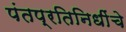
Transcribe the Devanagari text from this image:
पंतप्रतिनिधींचे